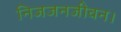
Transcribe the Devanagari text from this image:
निजजनजीवन।